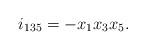
LaTeX: \begin{align*} i_{135} = -x_1x_3x_5.\end{align*}